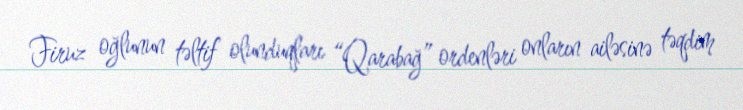
Firuz oğlunun təltif olunduqları “Qarabağ” ordenləri onların ailəsinə təqdim